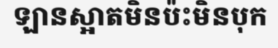
ឡានស្អាតមិនប៉ះមិនបុក